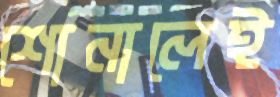
শোনালেই